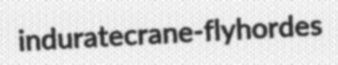
indurate crane-fly hordes